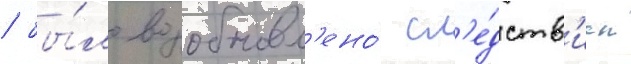
/ бы́ло возобновл'ено́ сл'е́дств'ием